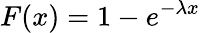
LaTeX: F(x)=1-e^{-\lambda x}